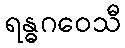
ရန္ဓဂဝေသီ